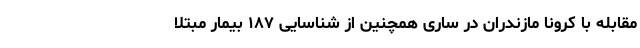
مقابله با کرونا مازندران در ساری همچنین از شناسایی ۱۸۷ بیمار مبتلا